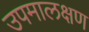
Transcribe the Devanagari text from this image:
उपमालक्षण